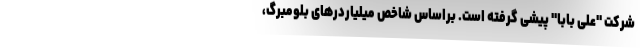
شرکت "علی بابا" پیشی گرفته است. براساس شاخص‌ میلیاردرهای بلومبرگ،